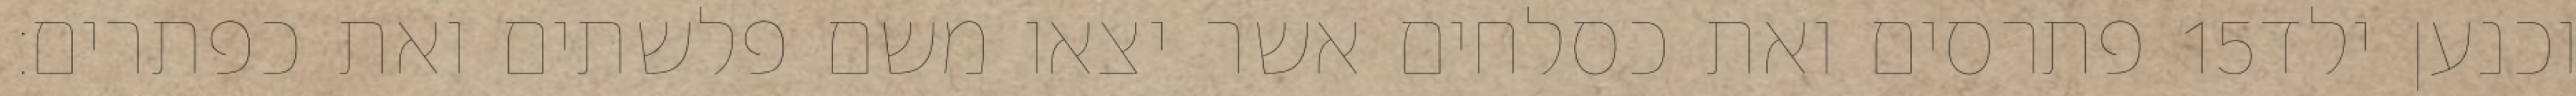
פתרסים ואת כסלחים אשר יצאו משם פלשתים ואת כפתרים׃ ‎15‏ וכנען ילד